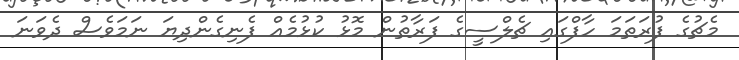
މެޗުގެ ފުރަތަމަ ހާފްގައި ޗެލްސީގެ ފަރާތުން މޮޅު ކުޅުމެއް ފެނިގެންދިޔަ ނަމަވެސް ދެވަނަ